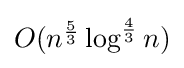
{\textstyle O(n^{\frac {5}{3}}\log ^{\frac {4}{3}}n)}